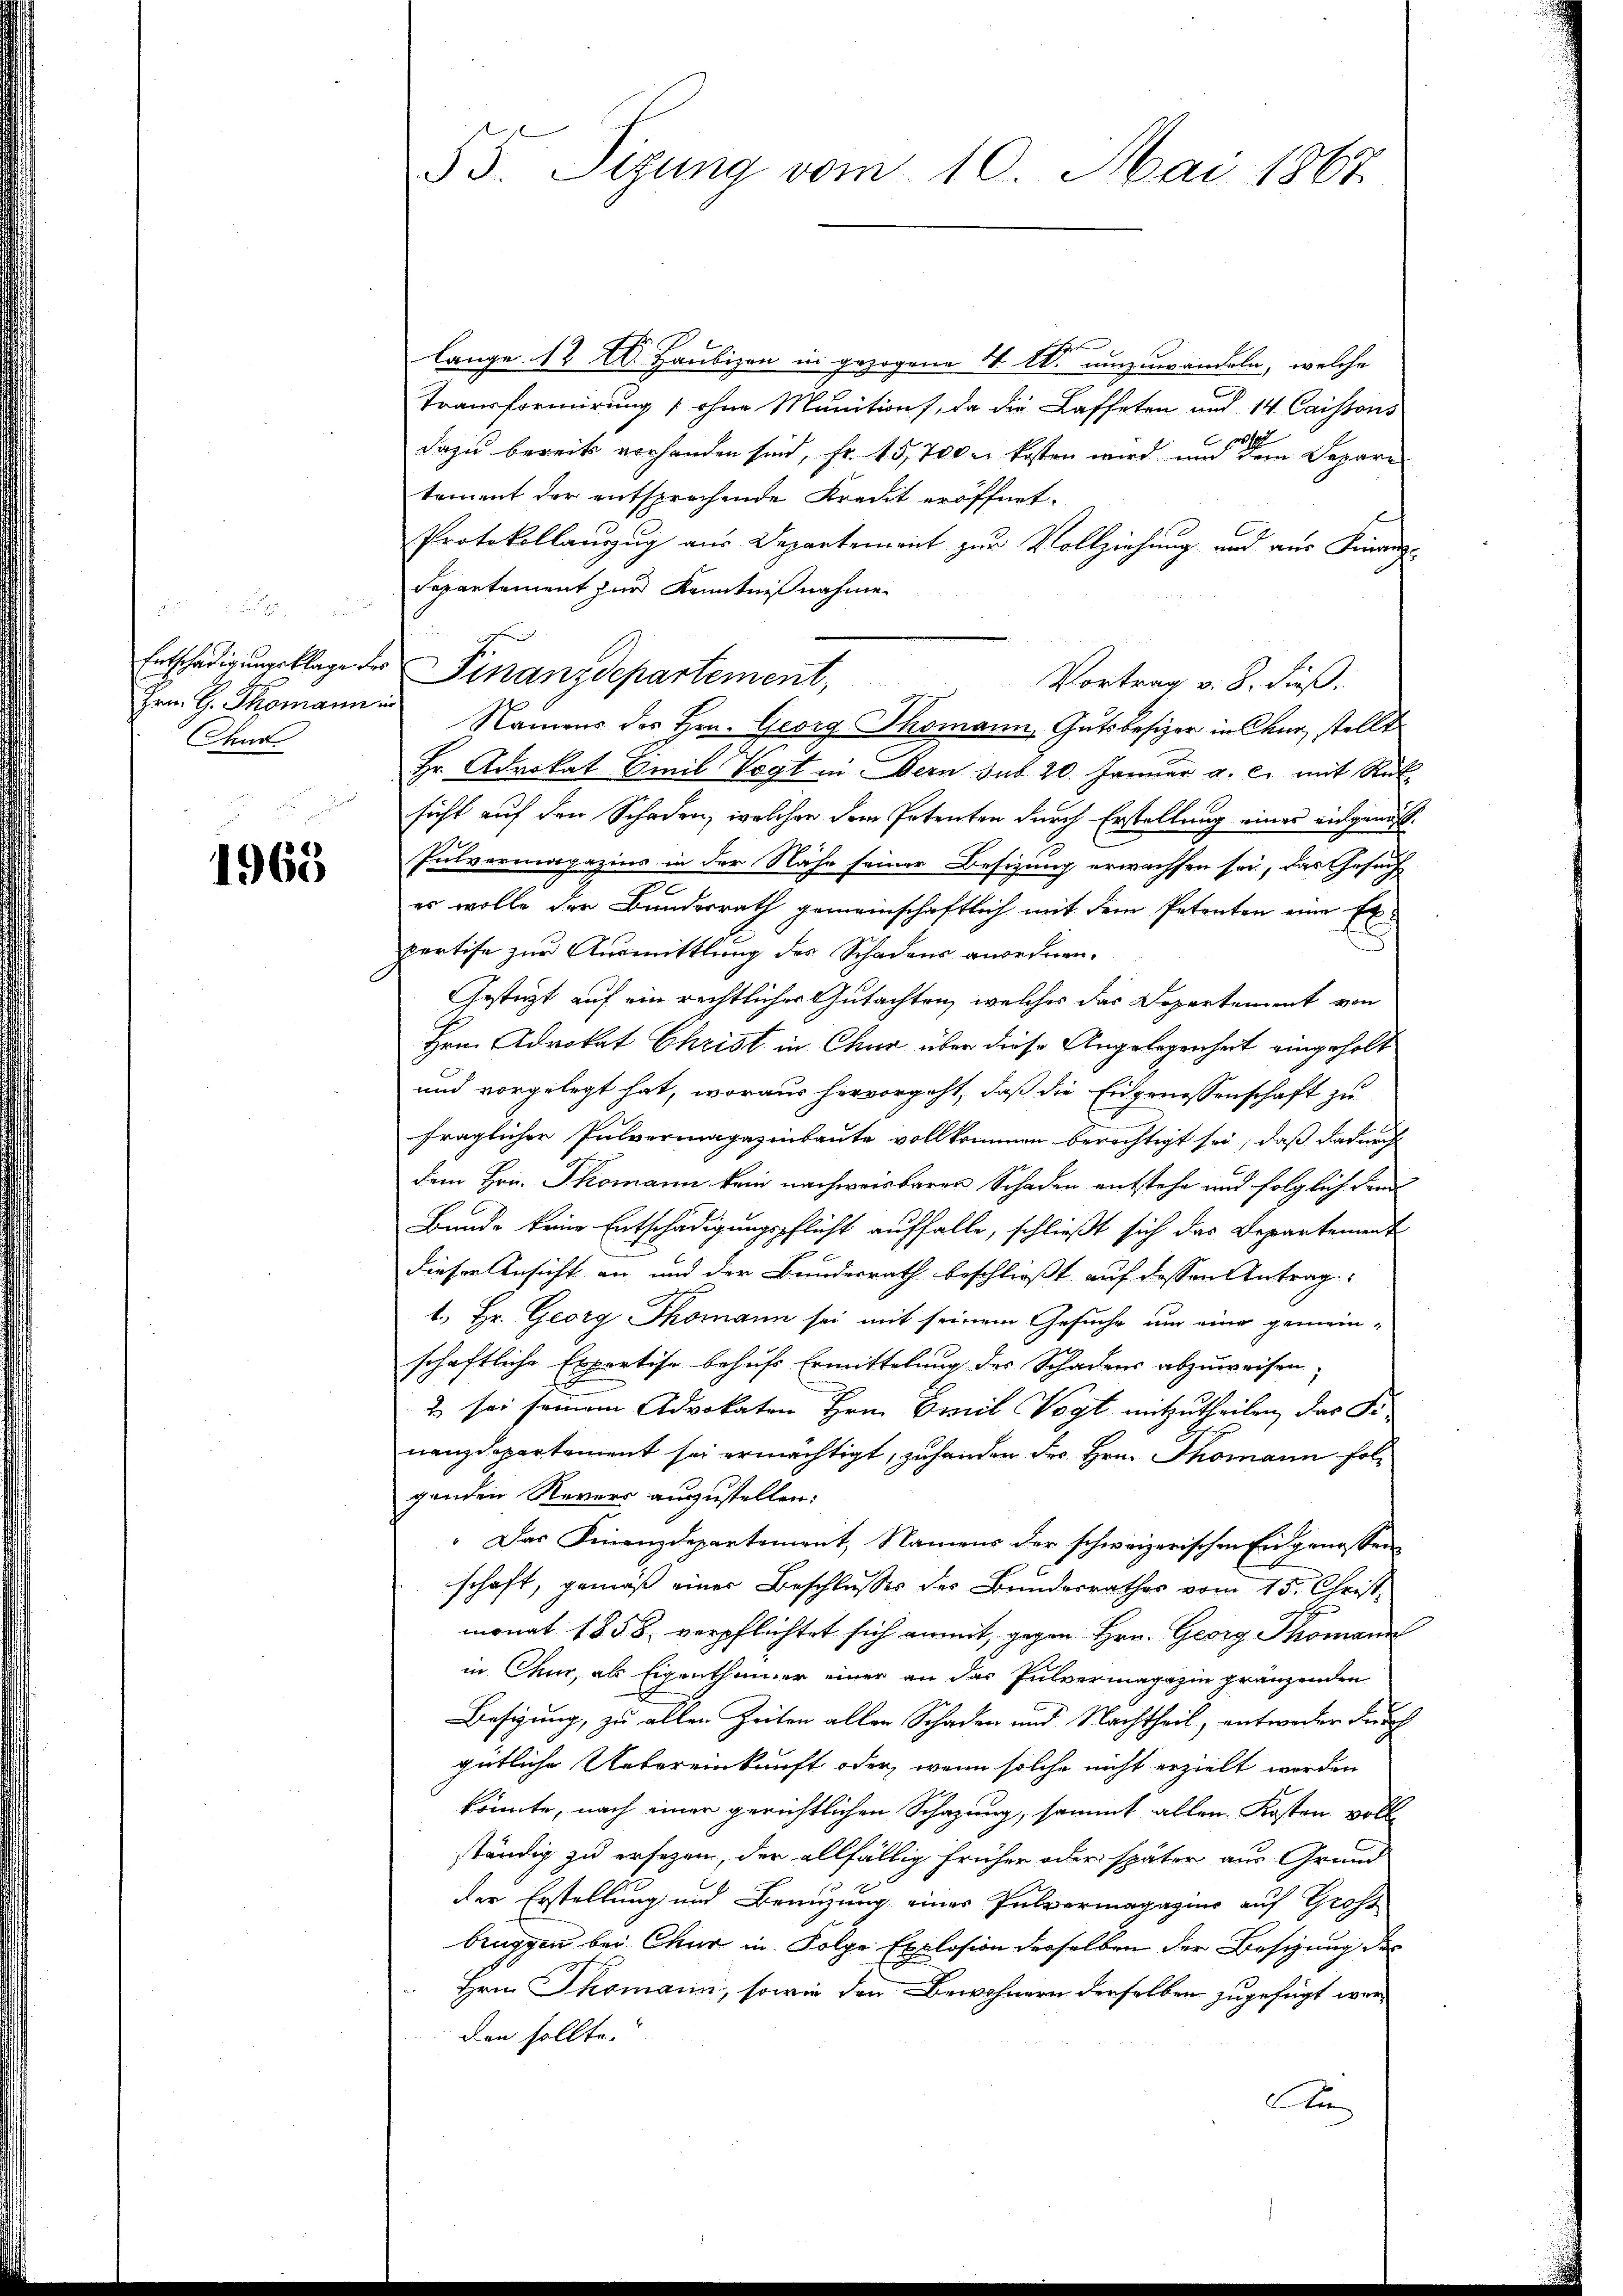
xx
Hrn. G. Thomann in
Chur

1968

b
lange 12 E. Haubigen in gezogene I Ir umzuwandeln, welche
Transformirung (ohne Munitions, da die Kaffeten und 14 Caissons
s
dazu bereits vorhanden sind, fr. 15,700 u. kosten wird und dem Depare
tement der entsprechende Kreut eröffnet.
Protokollanzug aus Departement zur Vollziehung und aus Finanz¬
Departement zur Kenntnißnahme
Entschädigungsklage der Finanzdepartement,
Vortrag v. 8. Fuß.
Namens des Hrn. Georg Thomann, Gutsbesizer in Chur, stellt
Hr. Advokat Emil Vogt in Bern sub 20. Januar a. c. mit Rück
sicht auf den Schaden, welchen dem Petenten durch Erstellung eines eingenos¬
Pulvermagazins in der Nähe seiner Besizung erwachsen sei, das Gesuch
es wolle der Bundesrath gemeinschaftlich mit dem Petenten eine Expertise zur Ausmittlung des Schadens anordnen.
Gestützt auf ein rechtliches Gutachten, welches das Departement von
Hrn. Advokat Christ in Chur über diese Angelegenheit eingeholt
und vorgelegt hat, woraus hervorgeht, daß die Eidgenossenschaft zu
fraglicher Pulvermagazinbaute vollkommen berechtigt sei, daß dadurch
dem Hrn. Thomann kein nachweisbaren Schaden entstehe und folglich den
Bande keine Entschädigungspflicht auffalle, schließt sich das Departement
dieser Ansicht an und der Bundesrath beschließt auf dessen Antrag
1. Hr. Georg Thomann sei mit seinem Gesuche nur eine gemeinschaftliche Expertise behufs Ermittelung des Schadens abzuweisen,
2 sei seinem Advokaten Hrn. Emil Vogt mitzutheilen, das Senanzdepartement sei ermächtigt, zuhanden Fr. Hrn. Thomann folgenden Nevers auszustellen:
" Das Finanzdepartement, Namens der schweizerischen Eidgenossen
schaft, gemäß einer Beschlusses des Bundesrathes vom 15. Christ
monat 1858, verpflichtet sich anmit, gegen Hrn. Georg Thomann
in Chur, als Eigenthümer einer an das Pulvermagazin gränzenden
Besizung, zu allen Zeiten allen Schaden und Nachtheil, entworter Fruch
gütliche Uebereinkunft oder, wenn solche nicht erzielt worden
könnte, nach einer gerichtlichen Schazung, sammt allen Kosten voll-
ständig zu ersezen, der allfällig früher oder später aus Grund
der Erstellung und Benuzung einer Pulvermagazins auf Gross
bruggen bei Chur in Folge Explosion derselben der Besizung des
Hrn. Thomann, sowie den Bewohnern derselben zugefügt werden sollte.
An

55. Sizung vom 10. Mai 1867.